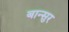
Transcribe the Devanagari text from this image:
बान्सुर